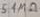
Text: 5.1MΩ